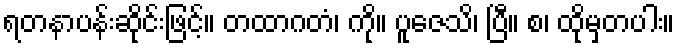
ရတနာပန်းဆိုင်းဖြင့်။ တထာဂတံ၊ ကို။ ပူဇေသိ၊ ပြီ။ စ၊ ထိုမှတပါး။